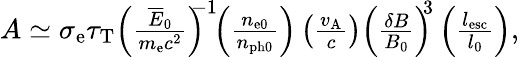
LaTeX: \begin{array}{r}{A\simeq\sigma_{\mathrm{e}}\tau_{\mathrm{T}}\left(\frac{\overline{E}_{0}}{m_{\mathrm{e}}c^{2}}\right)^{\! \! \! -1}\! \! \left(\frac{n_{\mathrm{e0}}}{n_{\mathrm{ph0}}}\right)\left(\frac{v_{\mathrm{A}}}{c}\right)\left(\frac{\delta B}{B_{0}}\right)^{\! \! 3}\left(\frac{l_{\mathrm{esc}}}{l_{0}}\right),}\end{array}